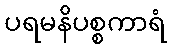
ပရမနိပစ္စကာရံ